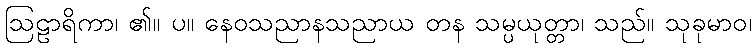
ဩဠာရိကာ၊ ၏။ ပ။ နေဝသညာနသညာယ တန သမ္ပယုတ္တာ၊ သည်။ သုခုမာဝ၊